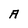
Character: A